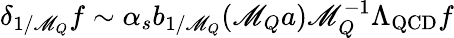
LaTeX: \delta_{1/\mathscr{M}_{Q}}f\sim\alpha_{s}b_{1/\mathscr{M}_{Q}}(\mathscr{M}_{Q}a)\mathscr{M}_{Q}^{-1}\Lambda_{\mathrm{{QCD}}}f